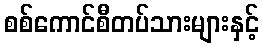
စစ်ကောင်စီတပ်သားများနှင့်